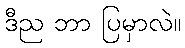
ဒီည ဘာ ပြမှာလဲ။